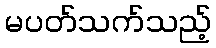
မပတ်သက်သည့်